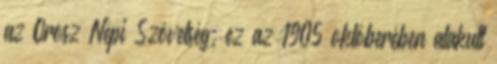
az Orosz Népi Szövetség, ez az 1905 októberében alakult